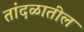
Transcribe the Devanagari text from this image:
तांदळातील